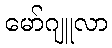
မော်ဂျူလာ